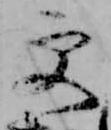
更